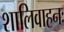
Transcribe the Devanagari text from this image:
शालिवाहनः